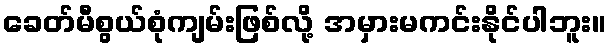
ခေတ်မီစွယ်စုံကျမ်းဖြစ်လို့ အမှားမကင်းနိုင်ပါဘူး။